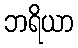
ဘရိယာ